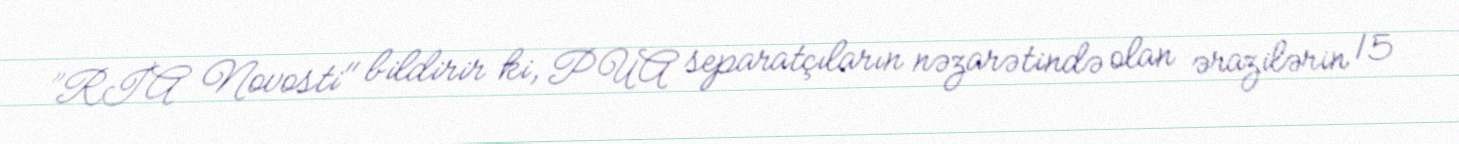
”RİA Novosti" bildirir ki, PUA separatçıların nəzarətində olan ərazilərin 15